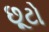
છૂટો